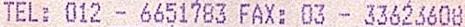
TEL: 012 - 6651783 FAX: 03 - 33623608